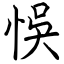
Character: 悞